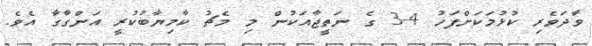
ވާދަވެރި ކުޅުމަކަށްފަހު 4-3 ގެ ނަތީޖާއަކުން މި މެޗު ކާމިޔާބުކުރީ އަންގާގާ އެވެ.